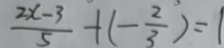
\frac { 2 x - 3 } { 5 } + ( - \frac { 2 } { 3 } ) = 1